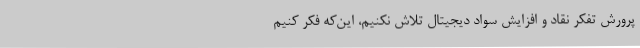
پرورش تفکر نقاد و افزایش سواد دیجیتال تلاش نکنیم، این‌که فکر کنیم